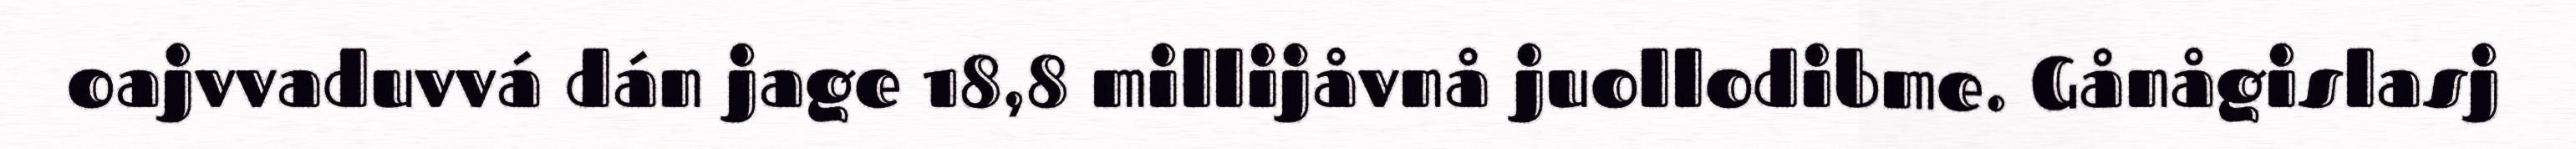
oajvvaduvvá dán jage 18,8 millijåvnå juollodibme. Gånågislasj